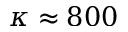
\kappa \approx 8 0 0